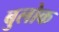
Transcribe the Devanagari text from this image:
बुलोक